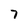
Character: 7